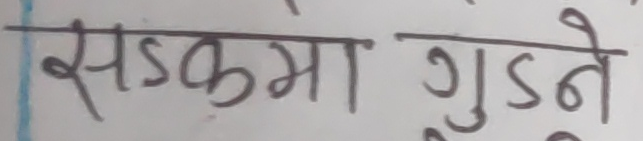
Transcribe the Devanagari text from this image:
सडकमा गुड्ने